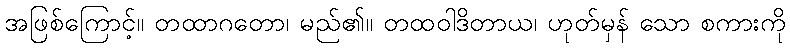
အဖြစ်ကြောင့်။ တထာဂတော၊ မည်၏။ တထဝါဒိတာယ၊ ဟုတ်မှန် သော စကားကို